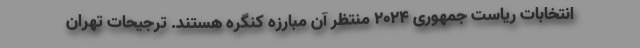
انتخابات ریاست جمهوری 2024 منتظر آن مبارزه کنگره هستند. ترجیحات تهران